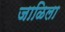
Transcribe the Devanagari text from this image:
जाळिला